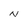
Character: N